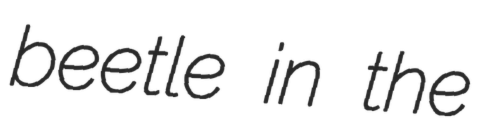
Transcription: beetle in the